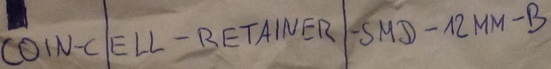
Text: COIN-CELL-RETAINER-SMD-12MM-B